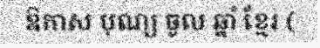
ឱកាស បុណ្យ ចូល ឆ្នាំ ខ្មែរ (